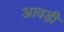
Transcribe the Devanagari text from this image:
आवड़ी